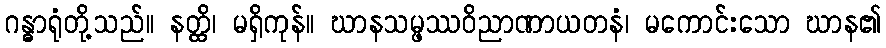
ဂန္ဓာရုံတို့သည်။ နတ္ထိ၊ မရှိကုန်။ ဃာနသမ္ဖဿဝိညာဏာယတနံ၊ မကောင်းသော ဃာန၏